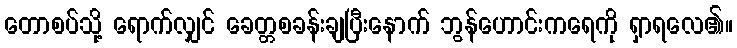
တောစပ်သို့ ရောက်လျှင် ခေတ္တစခန်းချပြီးနောက် ဘွန်ဟောင်းကရေကို ရှာရလေ၏။